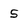
Character: 5